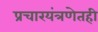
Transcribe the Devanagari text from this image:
प्रचारयंत्रणेतही